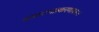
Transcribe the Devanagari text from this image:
अवमानप्रकरणावरून